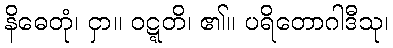
နိဓေတုံ၊ ငှာ။ ဝဋ္ဋတိ၊ ၏။ ပရိတောဂါဒီသု၊